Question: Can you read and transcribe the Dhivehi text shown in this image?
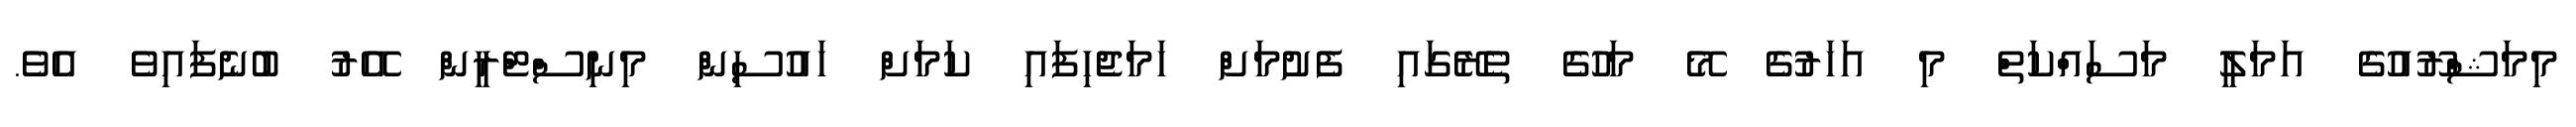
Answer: މިމަޝްރޫއުގެ އަމަލީ މަސައްކަތް މި އަހަރުގެ މޭ މަހުގެ ތެރޭގައި ފެށުމަށް ހަމަޖެހިފައި ކަމަށް ހައުސިން މިނިސްޓްރީން އޭރު ބުނެފައިވެ އެވެ.